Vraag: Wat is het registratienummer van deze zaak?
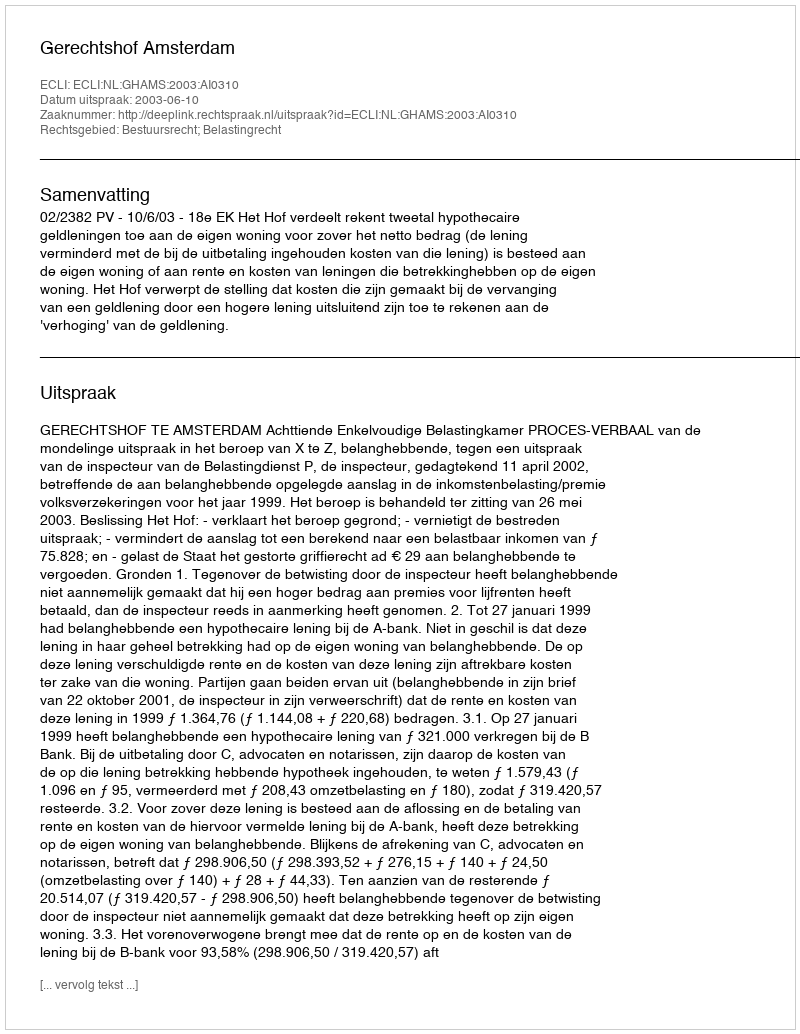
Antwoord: http://deeplink.rechtspraak.nl/uitspraak?id=ECLI:NL:GHAMS:2003:AI0310